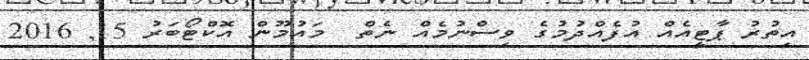
އިތުރު ޕާޓީއެއް އުފެއްދުމުގެ ވިސްނުމެއް ނެތް  މައުމޫން އޮކްޓޯބަރު 15